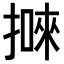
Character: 𢴙